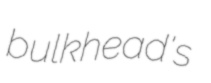
bulkhead's